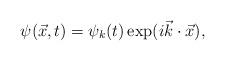
LaTeX: \begin{align*}\psi({\vec x},t)=\psi_k(t)\exp(i{\vec k}\cdot{\vec x}),\end{align*}